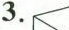
3.